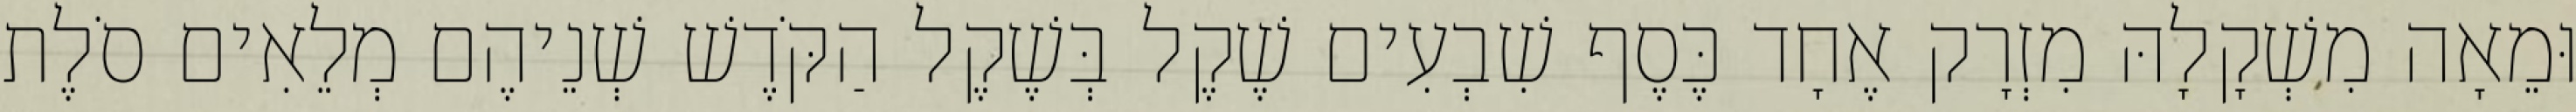
וּמֵאָה מִשְׁקָלָהּ מִזְרָק אֶחָד כֶּסֶף שִׁבְעִים שֶׁקֶל בְּשֶׁקֶל הַקֹּדֶשׁ שְׁנֵיהֶם מְלֵאִים סֹלֶת